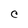
Character: C